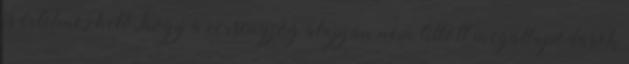
is értelmezhető, hogy a versenyjog alapján nem tiltott megállapodások